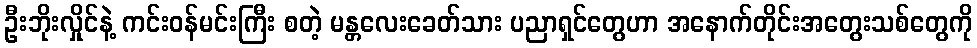
ဦးဘိုးလှိုင်နဲ့ ကင်းဝန်မင်းကြီး စတဲ့ မန္တလေးခေတ်သား ပညာရှင်တွေဟာ အနောက်တိုင်းအတွေးသစ်တွေကို